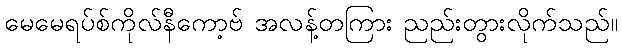
မေမေရပ်စ်ကိုလ်နီကော့ဗ် အလန့်တကြား ညည်းတွားလိုက်သည်။